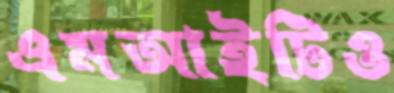
এমআইটিও